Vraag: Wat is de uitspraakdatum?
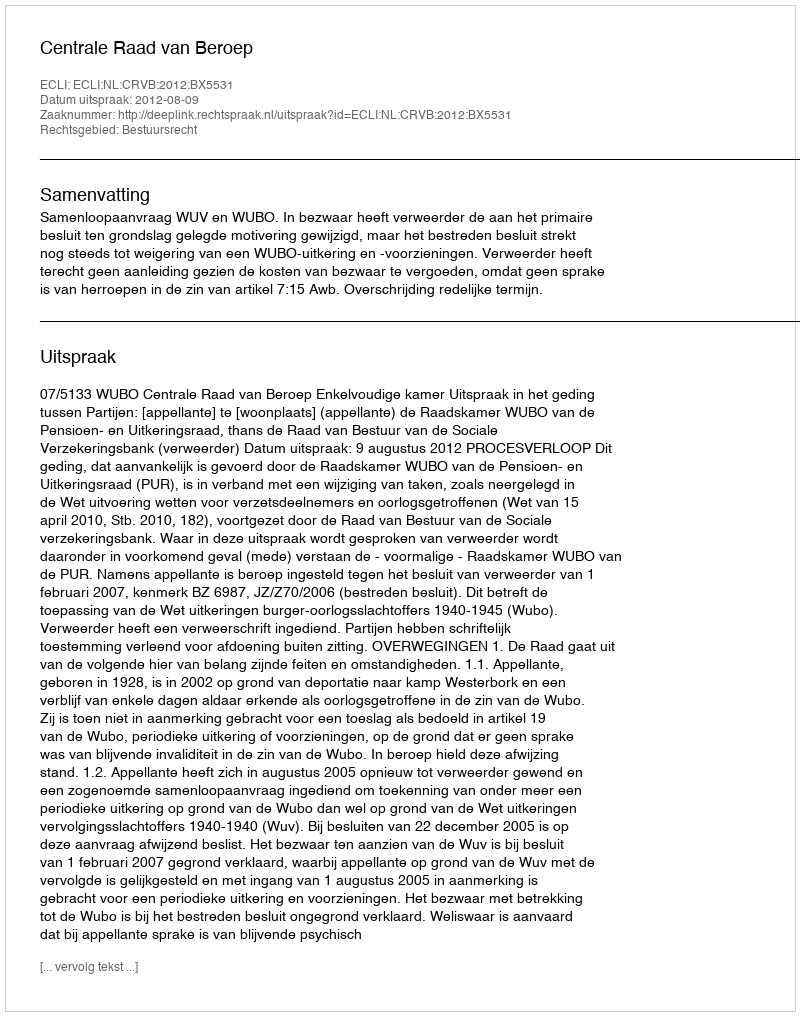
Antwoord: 2012-08-09